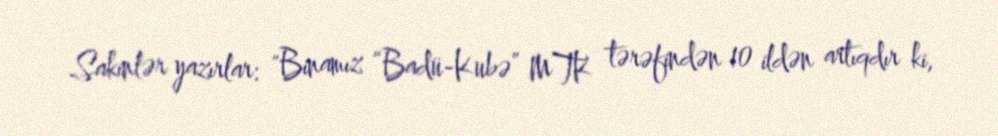
Sakinlər yazırlar: "Binamız “Badü-Kubə” MTK tərəfindən 10 ildən artıqdır ki,